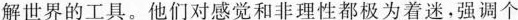
解世界的工具。他们对感觉和非理性都极为着迷，强调个